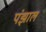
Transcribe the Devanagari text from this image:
पंझाल